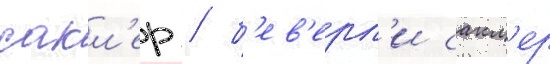
сакл'ер / б'ев'ерл'и сакл'ер